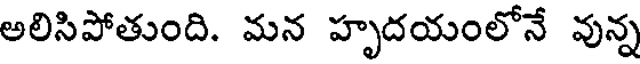
అలిసిపోతుంది. మన హృదయంలోనే వున్న